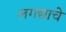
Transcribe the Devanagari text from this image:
लगद्याचे